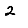
Digit: 2